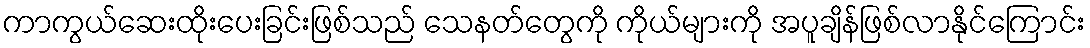
ကာကွယ်ဆေးထိုးပေးခြင်းဖြစ်သည် သေနတ်တွေကို ကိုယ်များကို အပူချိန်ဖြစ်လာနိုင်ကြောင်း